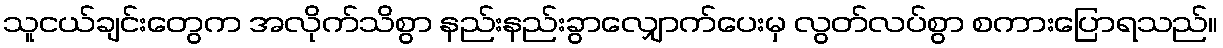
သူငယ်ချင်းတွေက အလိုက်သိစွာ နည်းနည်းခွာလျှောက်ပေးမှ လွတ်လပ်စွာ စကားပြောရသည်။